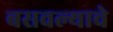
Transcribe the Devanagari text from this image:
बसवल्याचे